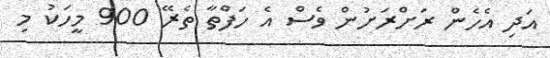
އަދި އެހެން ރަށްރަށުން ވެސް އެ ހަފްތާ ތެރޭ 900 މީހަކު މި